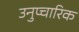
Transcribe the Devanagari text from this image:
उनुप्चारिक